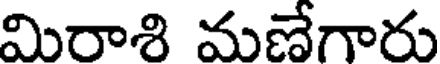
మిరాశి మణేగారు